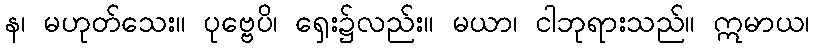
န၊ မဟုတ်သေး။ ပုဗ္ဗေပိ၊ ရှေး၌လည်း။ မယာ၊ ငါဘုရားသည်။ ဣမာယ၊